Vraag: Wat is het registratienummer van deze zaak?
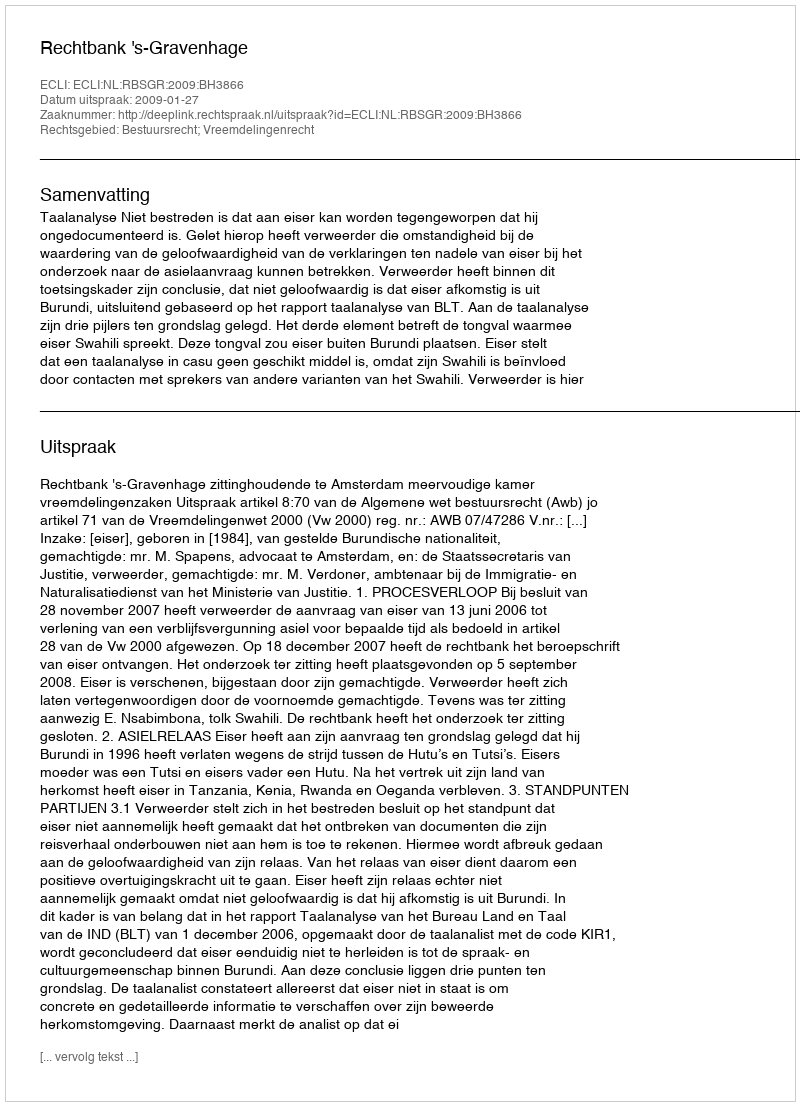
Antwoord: http://deeplink.rechtspraak.nl/uitspraak?id=ECLI:NL:RBSGR:2009:BH3866